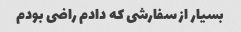
بسیار از سفارشی که دادم راضی بودم